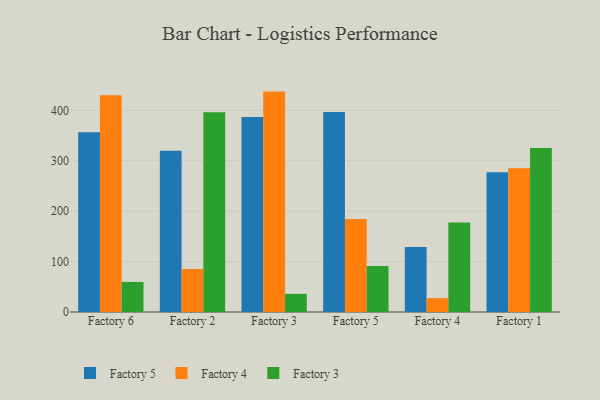
{"axis": {"x": "Factory", "y": "Page Views"}, "legend": ["Factory 3", "Factory 4", "Factory 5"], "data": [{"x": "Factory 6", "y": 356.8, "type": "Factory 5"}, {"x": "Factory 6", "y": 430.1, "type": "Factory 4"}, {"x": "Factory 6", "y": 59.7, "type": "Factory 3"}, {"x": "Factory 2", "y": 319.7, "type": "Factory 5"}, {"x": "Factory 2", "y": 85.1, "type": "Factory 4"}, {"x": "Factory 2", "y": 396.1, "type": "Factory 3"}, {"x": "Factory 3", "y": 386.6, "type": "Factory 5"}, {"x": "Factory 3", "y": 437.2, "type": "Factory 4"}, {"x": "Factory 3", "y": 36.0, "type": "Factory 3"}, {"x": "Factory 5", "y": 396.6, "type": "Factory 5"}, {"x": "Factory 5", "y": 184.3, "type": "Factory 4"}, {"x": "Factory 5", "y": 91.4, "type": "Factory 3"}, {"x": "Factory 4", "y": 128.8, "type": "Factory 5"}, {"x": "Factory 4", "y": 27.5, "type": "Factory 4"}, {"x": "Factory 4", "y": 177.4, "type": "Factory 3"}, {"x": "Factory 1", "y": 277.3, "type": "Factory 5"}, {"x": "Factory 1", "y": 285.3, "type": "Factory 4"}, {"x": "Factory 1", "y": 325.3, "type": "Factory 3"}]}